Investigations into the jail dietaries of the United Provinces with some observations on the influence of dietary on the physical development and well-being of the people of the United Provinces - Number 48
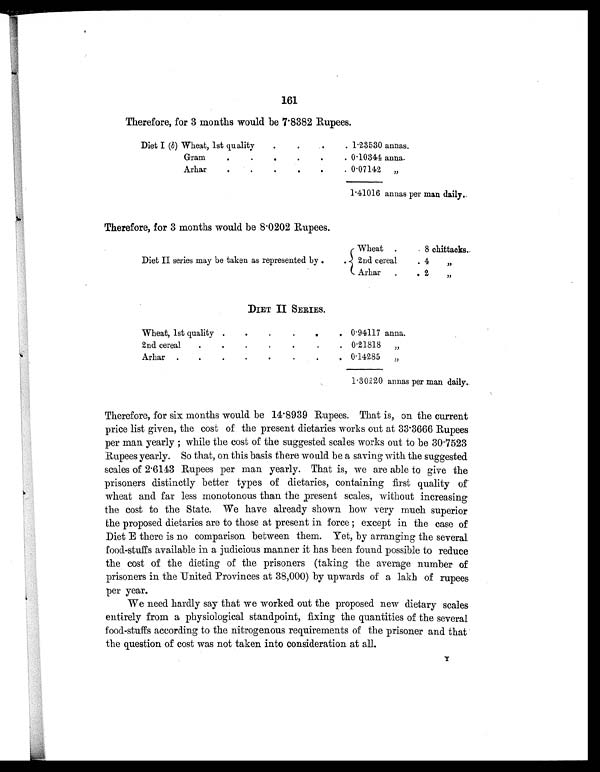
161
Therefore, for 3 months would be 7.8382 Rupees.
Diet I (b) Wheat, 1st quality
.
. . .
1.23530 annas.
Gram
.
.
.
. . .
0.10344 anna.
Arhar
. . . . . .
0.07142 „
1.41016 annas per man daily.
Therefore, for 3 months would be 8.0202 Rupees.
Wheat .
. 8 chittacks.
Diet II series may be taken as represented by
2nd cereal
. 4 ,,
Arhar .
. 2 , ,
DIET II SERIES.
Wheat, 1st quality .
.
.
. . .
0.94117 anna.
2nd cereal
.
.
.
.
.
.
. 0.21818 „
Arhar .
.
.
. . . . .
0.14285 „
1.30220 annas per man daily.
Therefore, for six months would be 14.8939 Rupees. That is, on the current
price list given, the cost of the present dietaries works out at 33.3666 Rupees
per man yearly ; while the cost of the suggested scales works out to be 30.7523
Rupees yearly. So that, on this basis there would be a saving with the suggested
scales of 2.6143 Rupees per man yearly. That is, we are able to give the
prisoners distinctly better types of dietaries, containing first quality of
wheat and far less monotonous than the present scales, without increasing
the cost to the State. We have already shown how very much superior
the proposed dietaries are to those at present in force ; except in the case of
Diet E there is no comparison between them. Yet, by arranging the several
food-stuffs available in a judicious manner it has been found possible to reduce
the cost of the dieting of the prisoners (taking the average number of
prisoners in the United Provinces at 38,000) by upwards of a lakh of rupees.
per year.
We need hardly say that we worked out the proposed new dietary scales
entirely from a physiological standpoint, fixing the quantities of the several
food-stuffs according to the nitrogenous requirements of the prisoner and that
the question of cost was not taken into consideration at all.